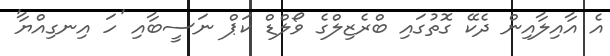
އެ އާއިލާއިން ދެކޭ ގޮތުގައި ބްރެޒިލްގެ ވޯލްޑް ކަޕް ނަސީބާއި 'ހަ އިނގިއްޔާ'